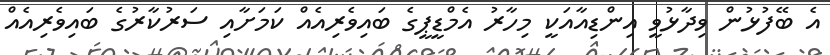
އެ ބޭފުޅުން ވިދާޅުވީ އިންޑިއާއަކީ މިހާރު އެމްޑީޕީގެ ބައިވެރިއެއް ކަމަށާއި ސަރުކާރުގެ ބައިވެރިއެއް